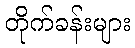
တိုက်ခန်းများ